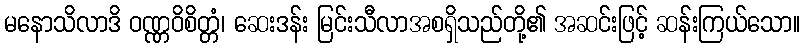
မနောသိလာဒိ ဝဏ္ဏဝိစိတ္တံ၊ ဆေးဒန်း မြင်းသီလာအစရှိသည်တို့၏ အဆင်းဖြင့် ဆန်းကြယ်သော။